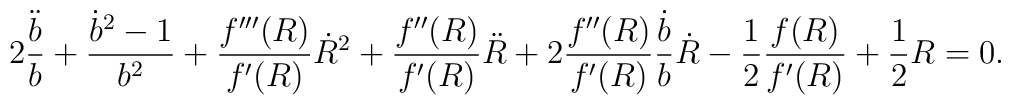
2 \frac{\ddot{b}}{b} + \frac{ {\dot{b}}^{2} - 1}{b^{2}}  +      \frac{f'''(R)}{f'(R)} \dot{R}^{2} + \frac{f''(R)}{f'(R)} \ddot{R} + 2      \frac{f''(R)}{f'(R)} \frac{\dot{b}}{b} \dot{R} - \frac{1}{2}      \frac{f(R)}{f'(R)} + \frac{1}{2} R  = 0 .